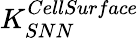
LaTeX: K_{SNN}^{CellSurface}